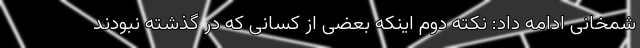
شمخانی ادامه داد: نکته دوم اینکه بعضی از کسانی که در گذشته نبودند